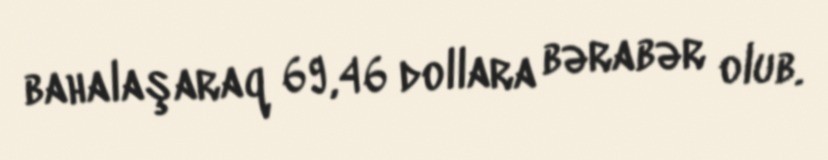
bahalaşaraq 69,46 dollara bərabər olub.